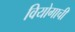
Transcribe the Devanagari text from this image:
वियोगाची